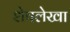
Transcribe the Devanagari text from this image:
शेषलेखा